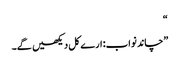
“
”چاند نواب: ارے کل دیکھیں گے۔